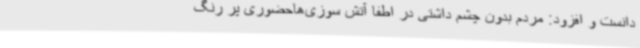
دانست و افزود: مردم بدون چشم داشتی در اطفا آتش سوزی‌هاحضوری پر رنگ